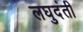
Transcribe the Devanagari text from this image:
लघुदंती